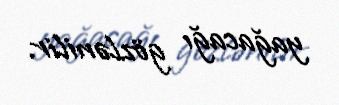
yağacağı gözlənilir.